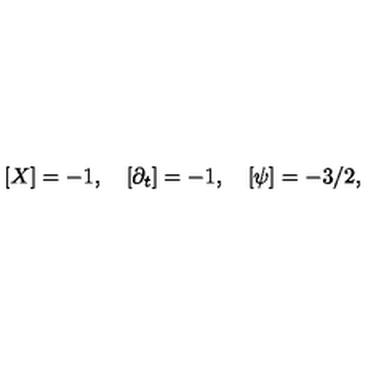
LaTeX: [ X ] = - 1 , \quad [ \partial _ { t } ] = - 1 , \quad [ \psi ] = - 3 / 2 ,